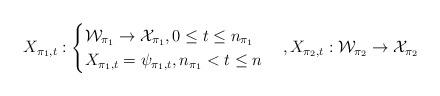
LaTeX: \begin{align*} X_{\pi_1,t}:\begin{cases} \mathcal{W}_{\pi_1} \rightarrow \mathcal{X}_{\pi_1},0\leq t\leq n_{\pi_1}\\ X_{\pi_1,t}=\psi_{\pi_1,t},n_{\pi_1}< t \leq n \end{cases},X_{\pi_2,t}: \mathcal{W}_{\pi_2} \rightarrow \mathcal{X}_{\pi_2}\end{align*}